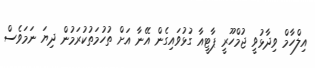
އިލްހާމް ވިދާޅުވީ ޖުމްހޫރީ ޕާޓީއާ ގުޅުވައިގެން އޭނާ އަށް ތުހުމަތުކުރަމުން ދިޔަ ނަމަވެސް